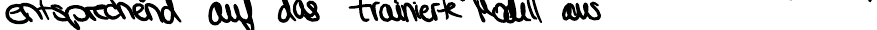
entsprechend auf das trainierte Modell aus